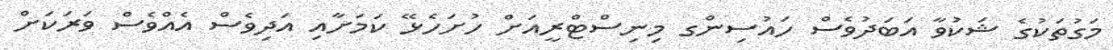
މަގުތަކުގެ ޝަކުވާ އަބަދުވެސް ހައުސިންގ މިނިސްޓްރީއަށް ހުށަހެޅޭ ކަމަށާއި އަދިވެސް އެއްވެސް ވަރަކަށް